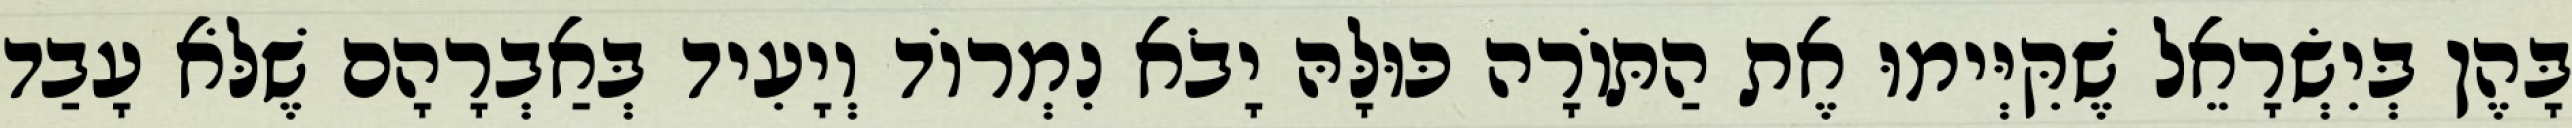
בָּהֶן בְּיִשְׂרָאֵל שֶׁקִּיְּימוּ אֶת הַתּוֹרָה כּוּלָּהּ יָבֹא נִמְרוֹד וְיָעִיד בְּאַבְרָהָם שֶׁלֹּא עָבַד